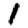
Digit: 1